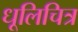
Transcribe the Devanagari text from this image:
धूलिचित्र